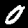
Label: 0